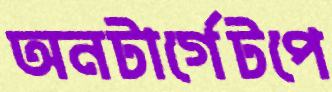
অনটার্গেটপে